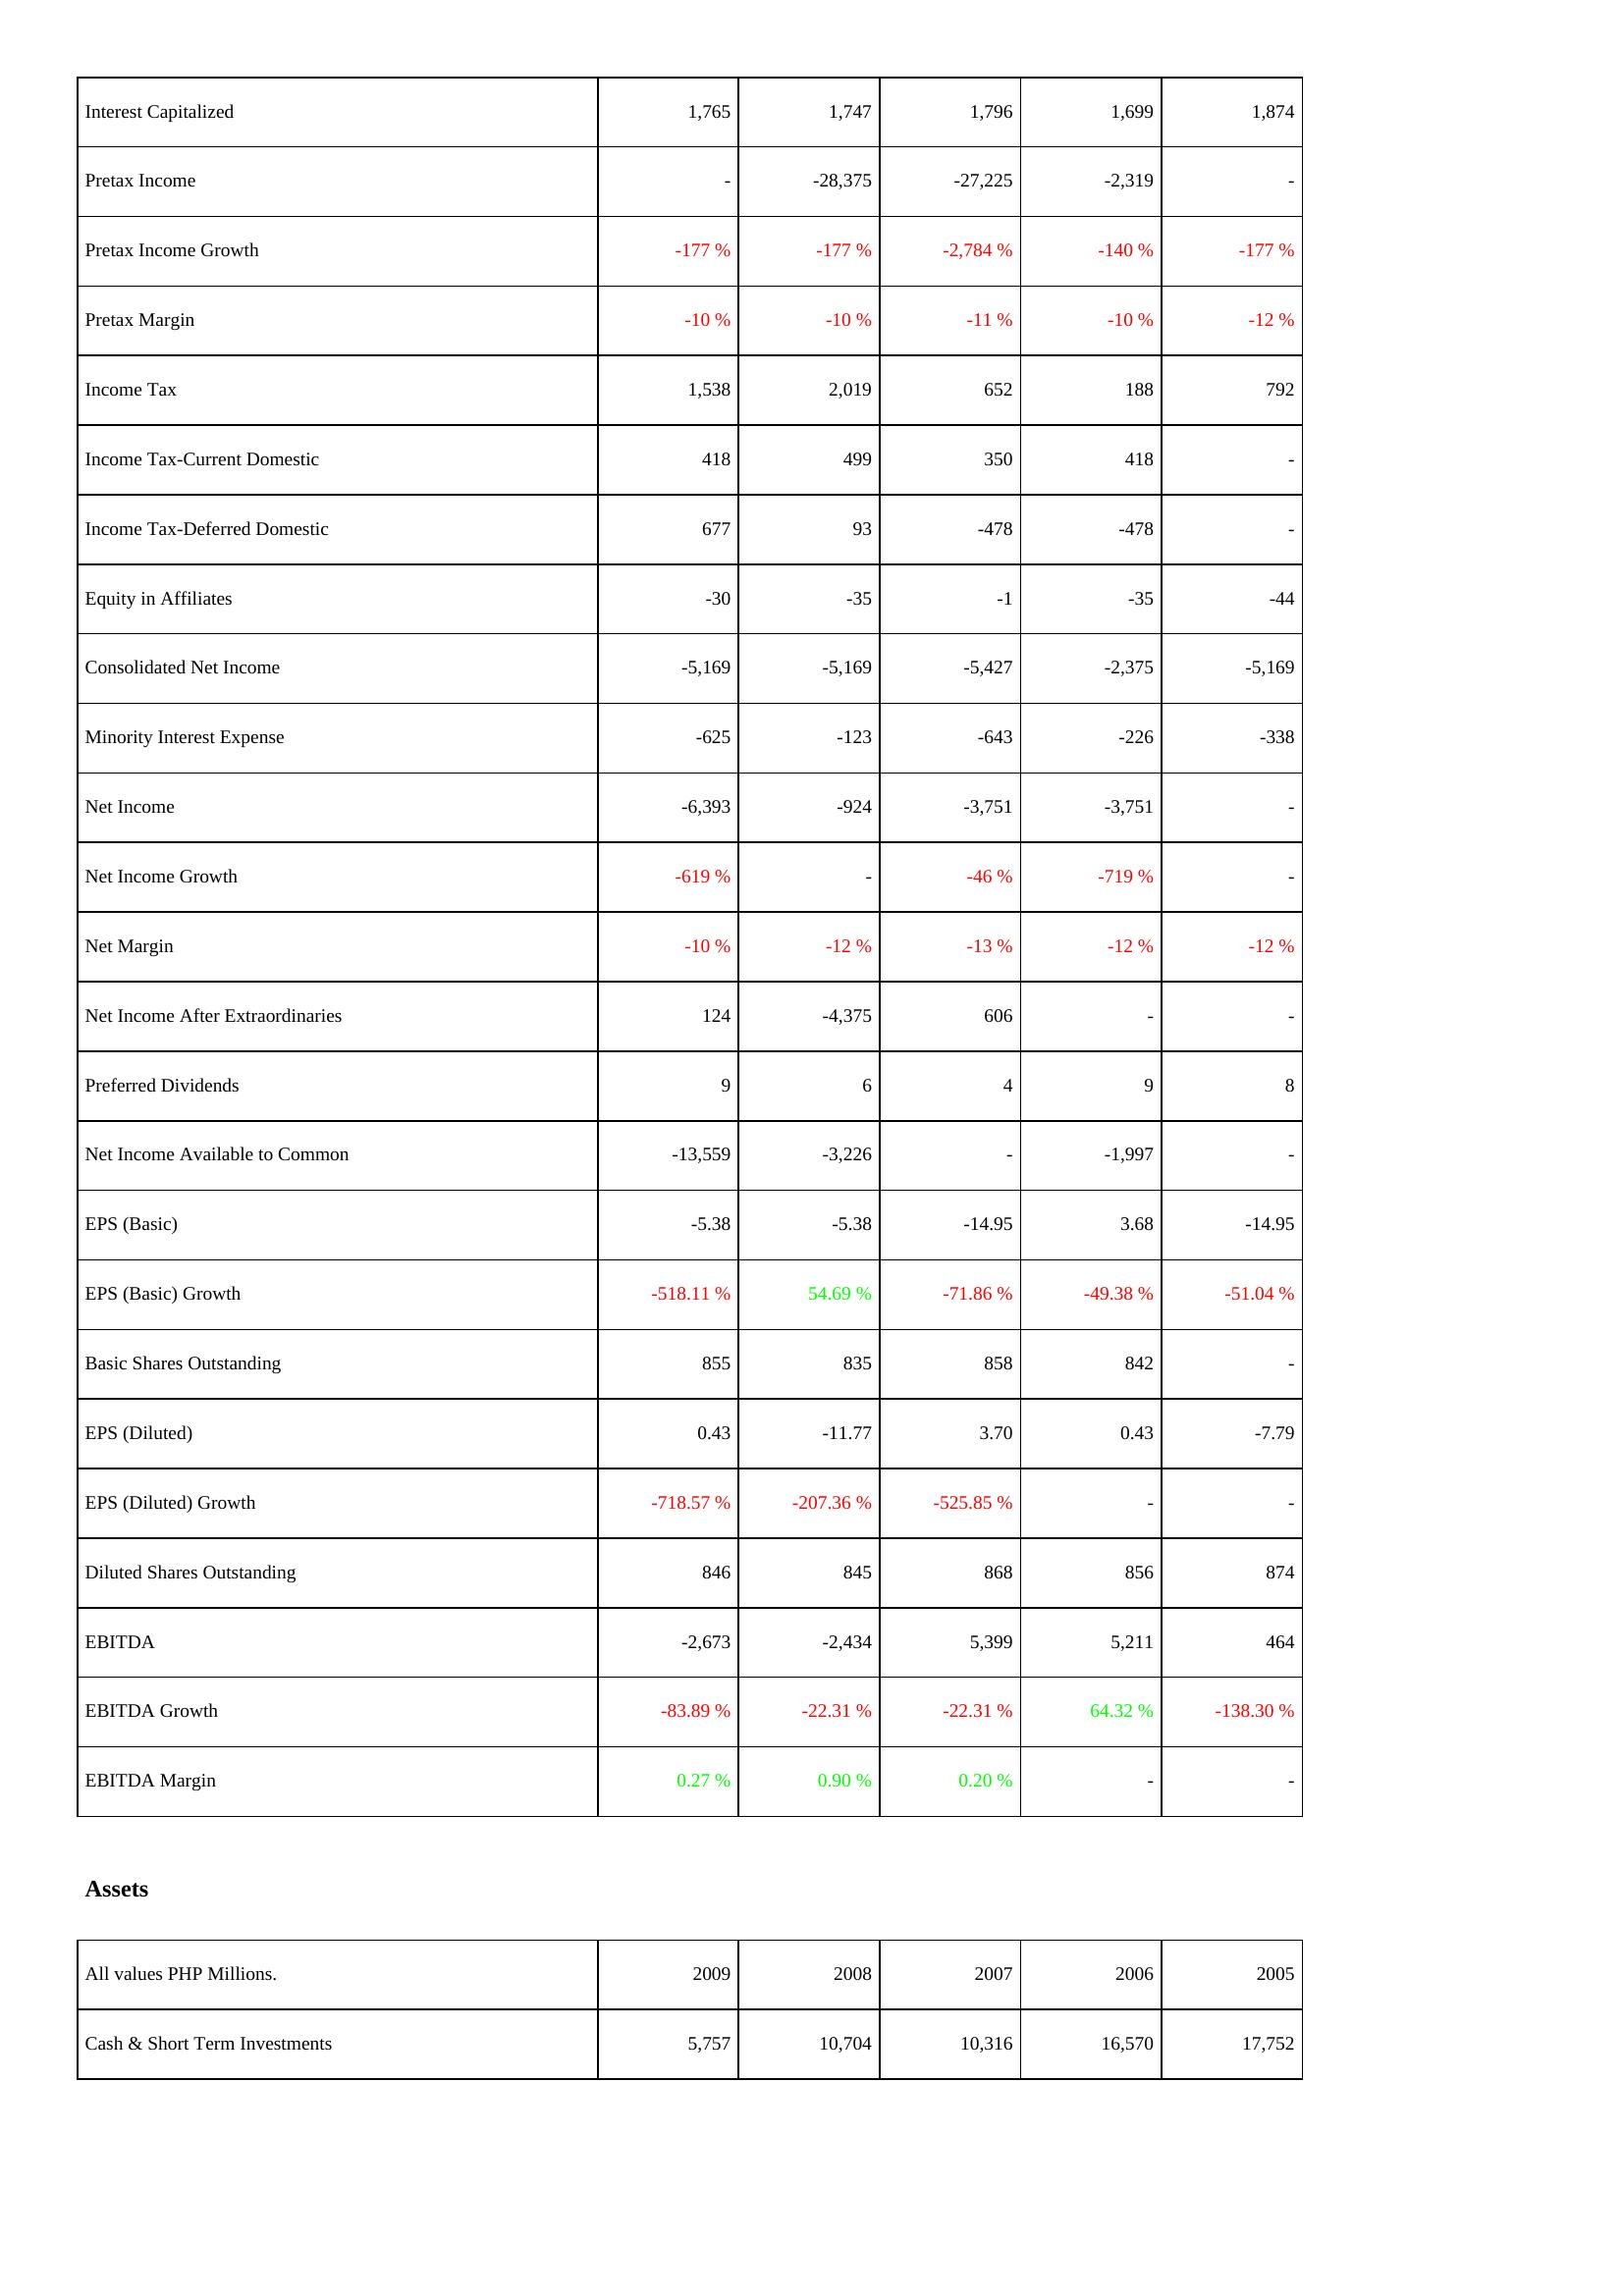
2009: Income Statement: Interest Capitalized: 1,765
Pretax Income: -
Pretax Income Growth: -177 %
Pretax Margin: -10 %
Income Tax: 1,538
Income Tax-Current Domestic: 418
Income Tax-Deferred Domestic: 677
Equity in Affiliates: -30
Consolidated Net Income: -5,169
Minority Interest Expense: -625
Net Income: -6,393
Net Income Growth: -619 %
Net Margin: -10 %
Net Income After Extraordinaries: 124
Preferred Dividends: 9
Net Income Available to Common: -13,559
EPS (Basic): -5.38
EPS (Basic) Growth: -518.11 %
Basic Shares Outstanding: 855
EPS (Diluted): 0.43
EPS (Diluted) Growth: -718.57 %
Diluted Shares Outstanding: 846
EBITDA: -2,673
EBITDA Growth: -83.89 %
EBITDA Margin: 0.27 %
Assets: Cash & Short Term Investments: 5,757
2008: Income Statement: Interest Capitalized: 1,747
Pretax Income: -28,375
Pretax Income Growth: -177 %
Pretax Margin: -10 %
Income Tax: 2,019
Income Tax-Current Domestic: 499
Income Tax-Deferred Domestic: 93
Equity in Affiliates: -35
Consolidated Net Income: -5,169
Minority Interest Expense: -123
Net Income: -924
Net Income Growth: -
Net Margin: -12 %
Net Income After Extraordinaries: -4,375
Preferred Dividends: 6
Net Income Available to Common: -3,226
EPS (Basic): -5.38
EPS (Basic) Growth: 54.69 %
Basic Shares Outstanding: 835
EPS (Diluted): -11.77
EPS (Diluted) Growth: -207.36 %
Diluted Shares Outstanding: 845
EBITDA: -2,434
EBITDA Growth: -22.31 %
EBITDA Margin: 0.90 %
Assets: Cash & Short Term Investments: 10,704
2007: Income Statement: Interest Capitalized: 1,796
Pretax Income: -27,225
Pretax Income Growth: -2,784 %
Pretax Margin: -11 %
Income Tax: 652
Income Tax-Current Domestic: 350
Income Tax-Deferred Domestic: -478
Equity in Affiliates: -1
Consolidated Net Income: -5,427
Minority Interest Expense: -643
Net Income: -3,751
Net Income Growth: -46 %
Net Margin: -13 %
Net Income After Extraordinaries: 606
Preferred Dividends: 4
Net Income Available to Common: -
EPS (Basic): -14.95
EPS (Basic) Growth: -71.86 %
Basic Shares Outstanding: 858
EPS (Diluted): 3.70
EPS (Diluted) Growth: -525.85 %
Diluted Shares Outstanding: 868
EBITDA: 5,399
EBITDA Growth: -22.31 %
EBITDA Margin: 0.20 %
Assets: Cash & Short Term Investments: 10,316
2006: Income Statement: Interest Capitalized: 1,699
Pretax Income: -2,319
Pretax Income Growth: -140 %
Pretax Margin: -10 %
Income Tax: 188
Income Tax-Current Domestic: 418
Income Tax-Deferred Domestic: -478
Equity in Affiliates: -35
Consolidated Net Income: -2,375
Minority Interest Expense: -226
Net Income: -3,751
Net Income Growth: -719 %
Net Margin: -12 %
Net Income After Extraordinaries: -
Preferred Dividends: 9
Net Income Available to Common: -1,997
EPS (Basic): 3.68
EPS (Basic) Growth: -49.38 %
Basic Shares Outstanding: 842
EPS (Diluted): 0.43
EPS (Diluted) Growth: -
Diluted Shares Outstanding: 856
EBITDA: 5,211
EBITDA Growth: 64.32 %
EBITDA Margin: -
Assets: Cash & Short Term Investments: 16,570
2005: Income Statement: Interest Capitalized: 1,874
Pretax Income: -
Pretax Income Growth: -177 %
Pretax Margin: -12 %
Income Tax: 792
Income Tax-Current Domestic: -
Income Tax-Deferred Domestic: -
Equity in Affiliates: -44
Consolidated Net Income: -5,169
Minority Interest Expense: -338
Net Income: -
Net Income Growth: -
Net Margin: -12 %
Net Income After Extraordinaries: -
Preferred Dividends: 8
Net Income Available to Common: -
EPS (Basic): -14.95
EPS (Basic) Growth: -51.04 %
Basic Shares Outstanding: -
EPS (Diluted): -7.79
EPS (Diluted) Growth: -
Diluted Shares Outstanding: 874
EBITDA: 464
EBITDA Growth: -138.30 %
EBITDA Margin: -
Assets: Cash & Short Term Investments: 17,752